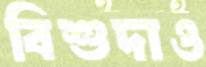
বিশুদাও